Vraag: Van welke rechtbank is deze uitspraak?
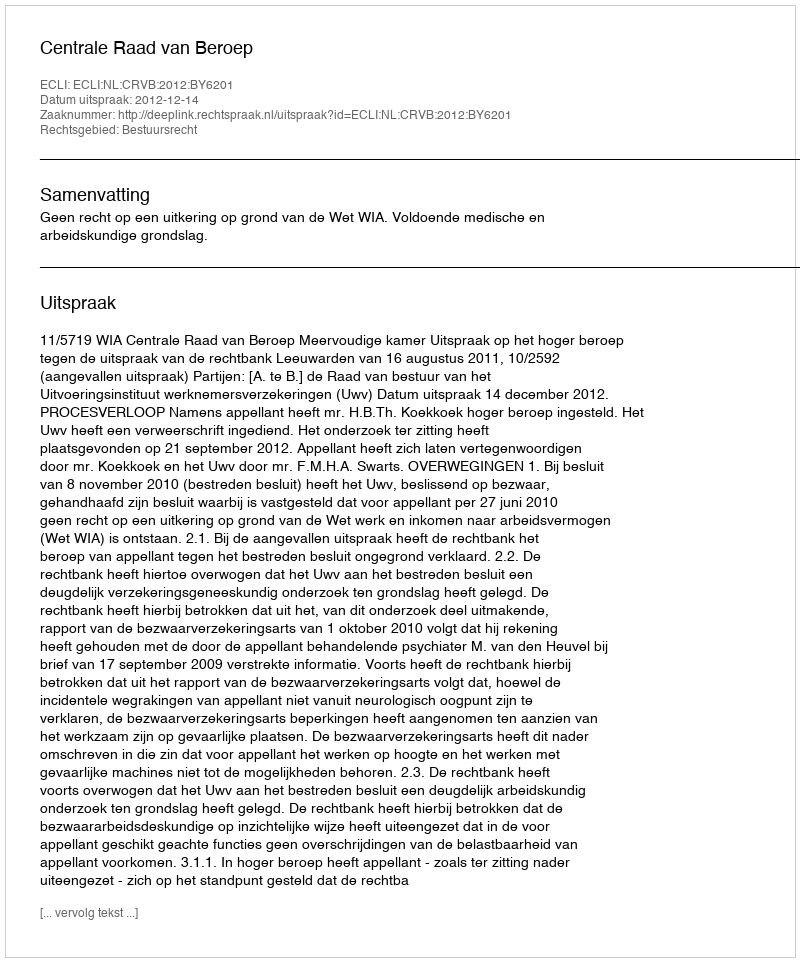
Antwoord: Centrale Raad van Beroep